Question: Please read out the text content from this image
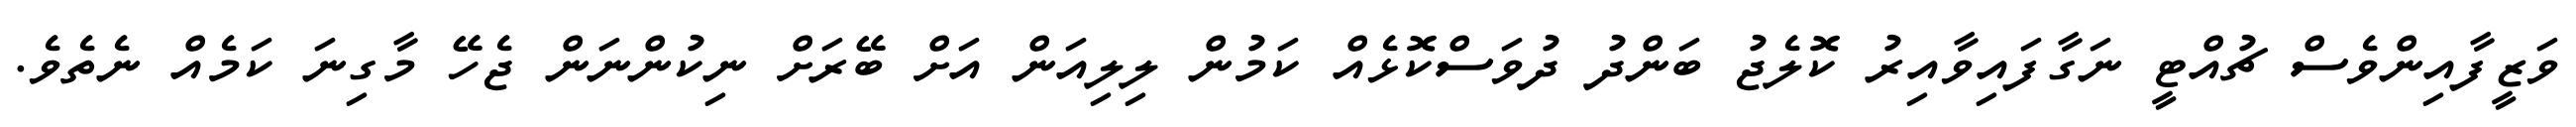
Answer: ވަޒީފާއިންވެސް ޗުއްޓީ ނަގާފައިވާއިރު ކޮލެޖު ބަންދު ދުވަސްކޮޅެއް ކަމުން ލިލިއަން އަށް ބޭރަށް ނިކުންނަން ޖެހޭ މާގިނަ ކަމެއް ނެތެވެ.